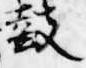
鼓